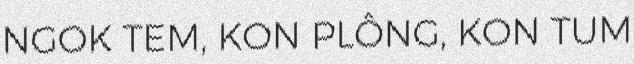
NGOK TEM, KON PLÔNG, KON TUM